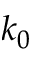
k _ { 0 }